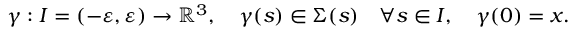
\gamma : I = ( - \varepsilon , \varepsilon ) \rightarrow \mathbb { R } ^ { 3 } , \quad \gamma ( s ) \in \Sigma ( s ) \quad \forall s \in I , \quad \gamma ( 0 ) = x .